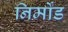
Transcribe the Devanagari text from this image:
निर्मोड